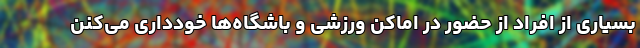
بسیاری از افراد از حضور در اماکن ورزشی و باشگاه‌ها خودداری می‌کنن